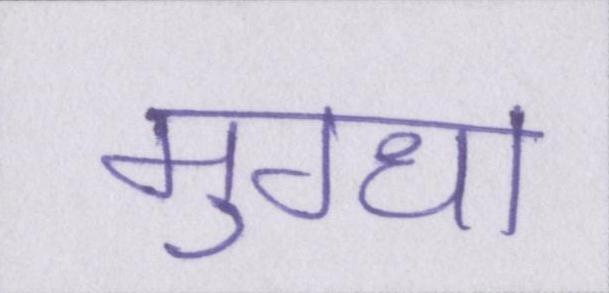
मुग्धा